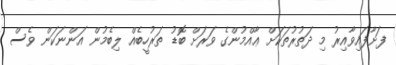
ފަށާފައިވާއިރު މި ދަތުރުތަކަށް ޢާއްމުންގެ ވަރަށް ބޮޑު ތަރުހީބެއް ލިބެމުން އަންނަކަން ވެސް